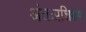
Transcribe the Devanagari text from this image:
अंतःप्रशिक्षण